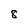
Character: 8